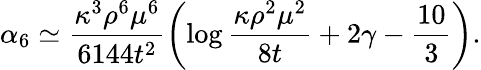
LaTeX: \alpha_{6}\simeq\frac{\kappa^{3}\rho^{6}\mu^{6}}{6144t^{2}}\left(\log\frac{\kappa\rho^{2}\mu^{2}}{8t}+2\gamma-\frac{10}{3}\right).